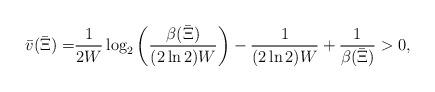
LaTeX: \begin{align*}\bar v(\bar\Xi) = & \frac{1}{2W}\log_2\left(\frac{\beta(\bar\Xi)}{(2\ln2) W}\right) - \frac{1}{(2\ln2) W} + \frac{1}{\beta(\bar\Xi)} > 0,\end{align*}